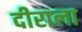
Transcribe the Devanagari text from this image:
दीराला